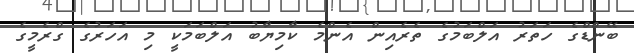
ބޭންޑްގެ ހަތަރު އަލްބަމުގެ ތެރެއިން އެންމެ ކާމިޔާބު އަލްބަމަކީ މި އަހަރުގެ ގްރެމީގެ